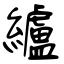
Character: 纑